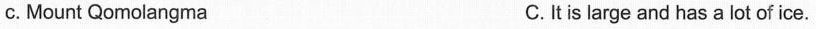
c.Mount Qomolangma C.It is large and has a lot of ice.